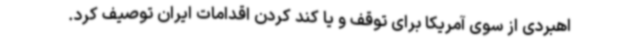
اهبردی از سوی آمریکا برای توقف و یا کند کردن اقدامات ایران توصیف کرد.